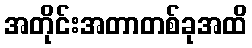
အတိုင်းအတာတစ်ခုအထိ